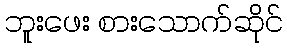
ဘူးဖေး စားသောက်ဆိုင်